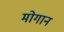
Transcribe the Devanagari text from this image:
मोगान